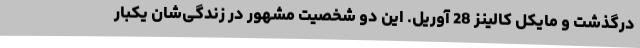
درگذشت و مایکل کالینز 28 آوریل. این دو شخصیت مشهور در زندگی‌شان یکبار